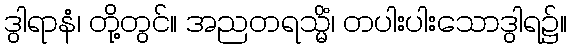
ဒွါရာနံ၊ တို့တွင်။ အညတရသ္မိံ၊ တပါးပါးသောဒွါရ၌။